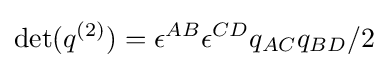
\det(q^{(2)})=\epsilon ^{AB}\epsilon ^{CD}q_{AC}q_{BD}/2